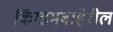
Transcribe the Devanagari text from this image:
किंग्डमबाहेरील